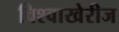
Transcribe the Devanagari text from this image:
विश्वाखेरीज